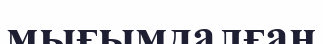
мығымдалған